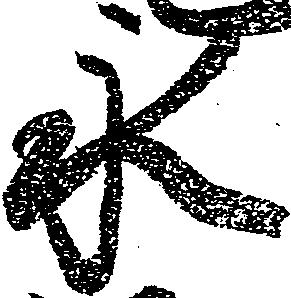
永